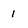
Character: 1